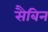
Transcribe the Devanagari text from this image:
सैबिन